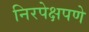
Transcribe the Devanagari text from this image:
निरपेक्षपणे